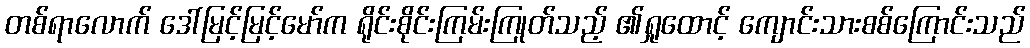
တစ်ရာလောက် ဒေါ်မြင့်မြင့်မော်က ရိုင်းစိုင်းကြမ်းကြုတ်သည့် ၏ရှုထောင့် ကျောင်းသားစစ်ကြောင်းသည်